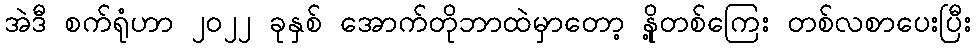
အဲဒီ စက်ရုံဟာ ၂၀၂၂ ခုနှစ် အောက်တိုဘာထဲမှာတော့ နို့တစ်ကြေး တစ်လစာပေးပြီး